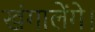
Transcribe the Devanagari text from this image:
खंगालेंगे।